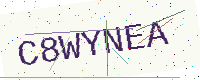
Text: C8WYNEA